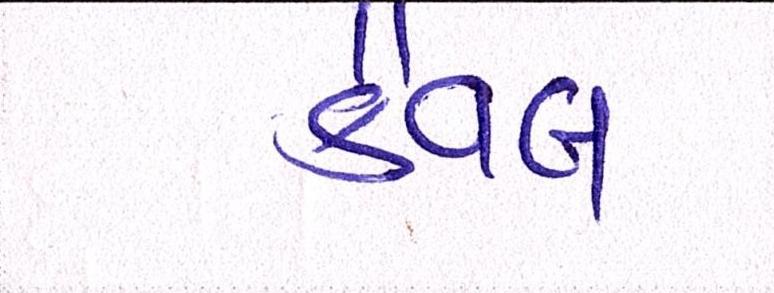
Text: કૈવલ